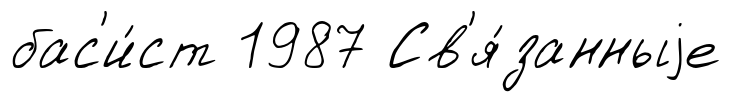
бас'и́ст 1987 Св'я́занныjе